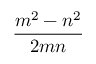
\frac { m ^ { 2 } - n ^ { 2 } } { 2 m n }